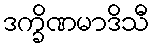
ဒက္ခိဏမာဒိသီ